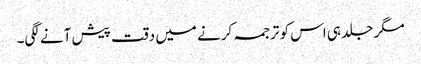
مگر جلد ہی اس کو ترجمہ کرنے میں دقت پیش آنے لگی۔